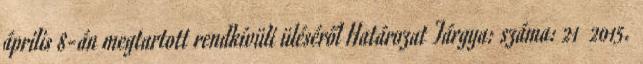
április 8-án megtartott rendkívüli üléséről Határozat Tárgya: száma: 21 2015.